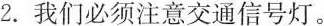
2.我们必须注意交通信号灯。